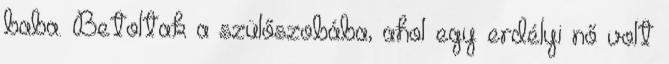
baba. Betoltak a szülőszobába, ahol egy erdélyi nő volt